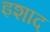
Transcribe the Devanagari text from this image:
इशाद